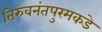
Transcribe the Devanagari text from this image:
तिरुवनंतपुरमकडे